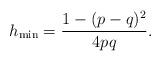
LaTeX: \begin{align*}h_{\mbox{\scriptsize min}} = \frac{1-(p-q)^2}{4pq}.\end{align*}